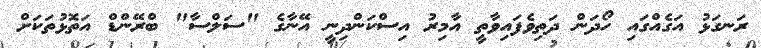
ރަނގަޅު އަގެއްގައި ހޯދަން ދަތިވެފައިވާތީ އާމިރު އިސްކަންދިނީ އޭނާގެ "ސަލްސާ" ބްރޭންޑް އަތޮޅުތަކަށް